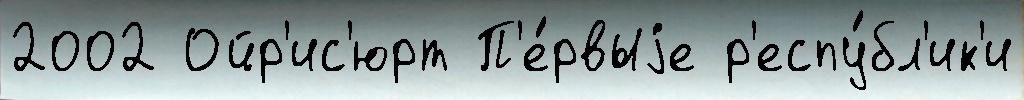
2002 Ойр'ис'юрт П'е́рвыjе р'еспу́бл'ик'и